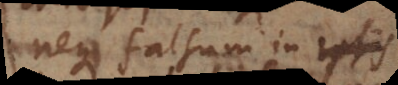
neque falsum in p